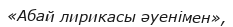
«Абай лирикасы әуенімен»,